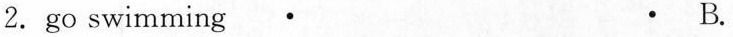
2.go swimming · · B.